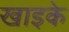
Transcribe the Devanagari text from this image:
खाइके